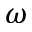
\omega